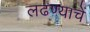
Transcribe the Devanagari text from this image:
लढण्याचें